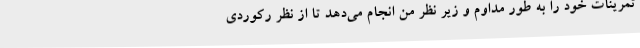
تمرینات خود را به طور مداوم و زیر نظر من انجام می‌دهد تا از نظر رکوردی